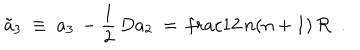
LaTeX: \tilde { a } _ { 3 } \ \equiv \ a _ { 3 } \, - { \frac { 1 } { 2 } } \, D a _ { 2 } \ = \, \frac { 1 } { 2 } \, n ( n + 1 ) \, { \cal R } \ \ .